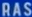
RAS